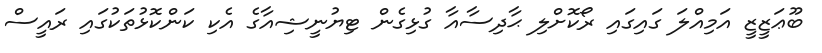
ބޫޢަޒީޒީ އަމިއްލަ ގައިގައި ރޯކޮށްލި ޙާދިސާއާ ގުޅިގެން ޓިޔުނީޝިއާގެ އެކި ކަންކޮޅުތަކުގައި ރައީސް